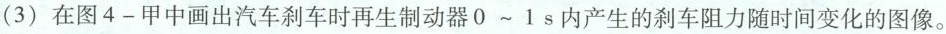
(3)在图4-甲中画出汽车刹车时再生制动器0~1s内产生的刹车阻力随时间变化的图像。